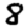
Digit: 8